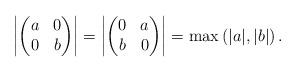
LaTeX: \begin{align*}\left|\begin{pmatrix}a&0 \\ 0&b\end{pmatrix}\right|=\left|\begin{pmatrix}0&a \\ b&0\end{pmatrix}\right|= \max{(|a|,|b|)}\,.\end{align*}